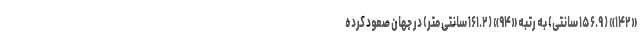
«۱۴۲» ( ۱۵۶.۹ سانتی) به رتبه «۹۴» (۱۶۱.۲ سانتی متر) در جهان صعود کرده